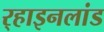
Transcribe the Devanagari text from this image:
र्‍हाइनलांड